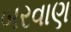
બરવાણ